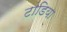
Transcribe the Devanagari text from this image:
टांडिया